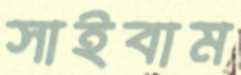
সাইবাম